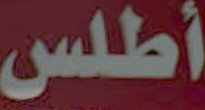
أطلس